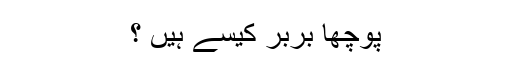
پوچھا بربر کیسے ہیں ؟